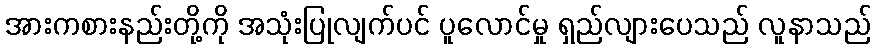
အားကစားနည်းတို့ကို အသုံးပြုလျက်ပင် ပူလောင်မှု ရှည်လျားပေသည် လူနာသည်